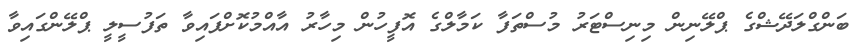
ބަންގްލަދޭޝްގެ ޕްލޭނިން މިނިސްޓަރު މުސްތަފާ ކަމާލްގެ އޮފީހުން މިހާރު އާއްމުކޮށްފައިވާ ތަފުުސީލީ ޕްލޭންގަައިވާ